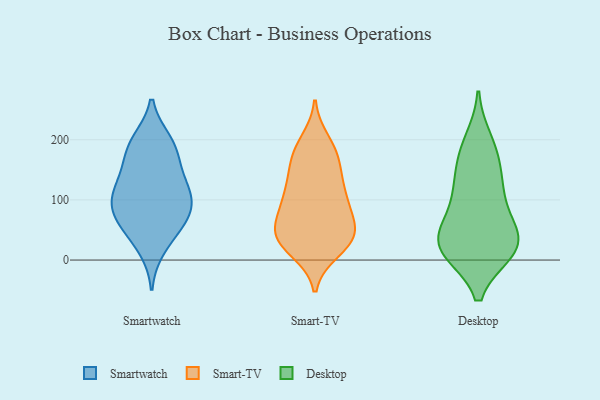
{"axis": {"x": "Shipments", "y": "Value"}, "legend": ["Desktop", "Smart-TV", "Smartwatch"], "data": [{"x": "", "y": 109, "type": "Smartwatch"}, {"x": "", "y": 19, "type": "Smartwatch"}, {"x": "", "y": 44, "type": "Smartwatch"}, {"x": "", "y": 121, "type": "Smartwatch"}, {"x": "", "y": 77, "type": "Smartwatch"}, {"x": "", "y": 109, "type": "Smartwatch"}, {"x": "", "y": 193, "type": "Smartwatch"}, {"x": "", "y": 198, "type": "Smartwatch"}, {"x": "", "y": 81, "type": "Smartwatch"}, {"x": "", "y": 190, "type": "Smartwatch"}, {"x": "", "y": 111, "type": "Smartwatch"}, {"x": "", "y": 151, "type": "Smartwatch"}, {"x": "", "y": 62, "type": "Smartwatch"}, {"x": "", "y": 75, "type": "Smartwatch"}, {"x": "", "y": 158, "type": "Smartwatch"}, {"x": "", "y": 40, "type": "Smart-TV"}, {"x": "", "y": 42, "type": "Smart-TV"}, {"x": "", "y": 57, "type": "Smart-TV"}, {"x": "", "y": 170, "type": "Smart-TV"}, {"x": "", "y": 141, "type": "Smart-TV"}, {"x": "", "y": 24, "type": "Smart-TV"}, {"x": "", "y": 41, "type": "Smart-TV"}, {"x": "", "y": 101, "type": "Smart-TV"}, {"x": "", "y": 111, "type": "Smart-TV"}, {"x": "", "y": 141, "type": "Smart-TV"}, {"x": "", "y": 177, "type": "Smart-TV"}, {"x": "", "y": 197, "type": "Smart-TV"}, {"x": "", "y": 181, "type": "Smart-TV"}, {"x": "", "y": 35, "type": "Smart-TV"}, {"x": "", "y": 99, "type": "Smart-TV"}, {"x": "", "y": 29, "type": "Smart-TV"}, {"x": "", "y": 107, "type": "Smart-TV"}, {"x": "", "y": 70, "type": "Smart-TV"}, {"x": "", "y": 71, "type": "Smart-TV"}, {"x": "", "y": 16, "type": "Smart-TV"}, {"x": "", "y": 14, "type": "Desktop"}, {"x": "", "y": 19, "type": "Desktop"}, {"x": "", "y": 15, "type": "Desktop"}, {"x": "", "y": 110, "type": "Desktop"}, {"x": "", "y": 47, "type": "Desktop"}, {"x": "", "y": 75, "type": "Desktop"}, {"x": "", "y": 126, "type": "Desktop"}, {"x": "", "y": 44, "type": "Desktop"}, {"x": "", "y": 16, "type": "Desktop"}, {"x": "", "y": 167, "type": "Desktop"}, {"x": "", "y": 122, "type": "Desktop"}, {"x": "", "y": 16, "type": "Desktop"}, {"x": "", "y": 180, "type": "Desktop"}, {"x": "", "y": 46, "type": "Desktop"}, {"x": "", "y": 199, "type": "Desktop"}]}